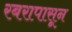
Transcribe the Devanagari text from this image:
रबरापासून